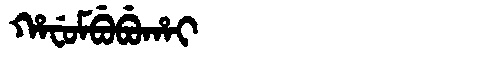
Manchu: ᡥᠠᠸᡠᠮᠪᡠᠪᡠᡥᠠᡳ
Romanization: HAFUMBUBUHAI